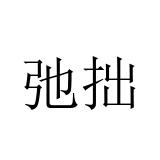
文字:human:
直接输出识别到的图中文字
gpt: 弛拙